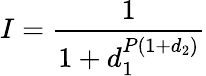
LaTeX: I=\frac{1}{1+d_{1}^{P(1+d_{2})}}